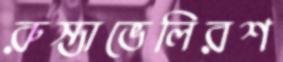
রুস্তাভেলিরশ